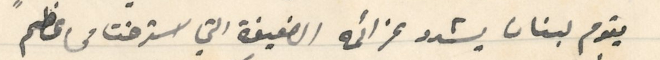
يقوم لبنان يشدو عزائمه الضعيفة التي استرخت من عظم